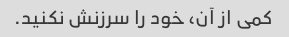
کمی از آن، خود را سرزنش نکنید.